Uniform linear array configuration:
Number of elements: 8
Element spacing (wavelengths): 0.75
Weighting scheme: blackman
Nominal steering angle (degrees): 30
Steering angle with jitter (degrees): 30.334
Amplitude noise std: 0.05
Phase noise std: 0.05

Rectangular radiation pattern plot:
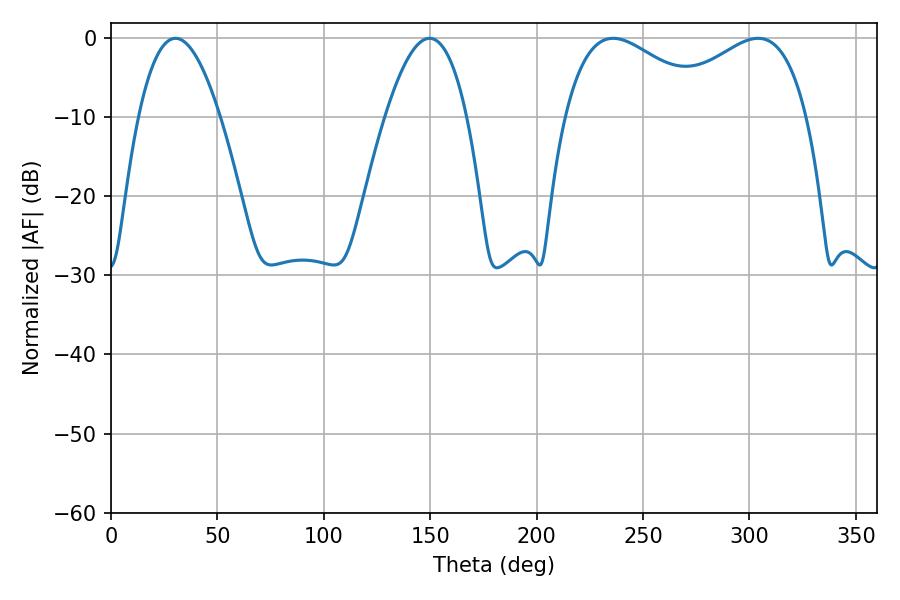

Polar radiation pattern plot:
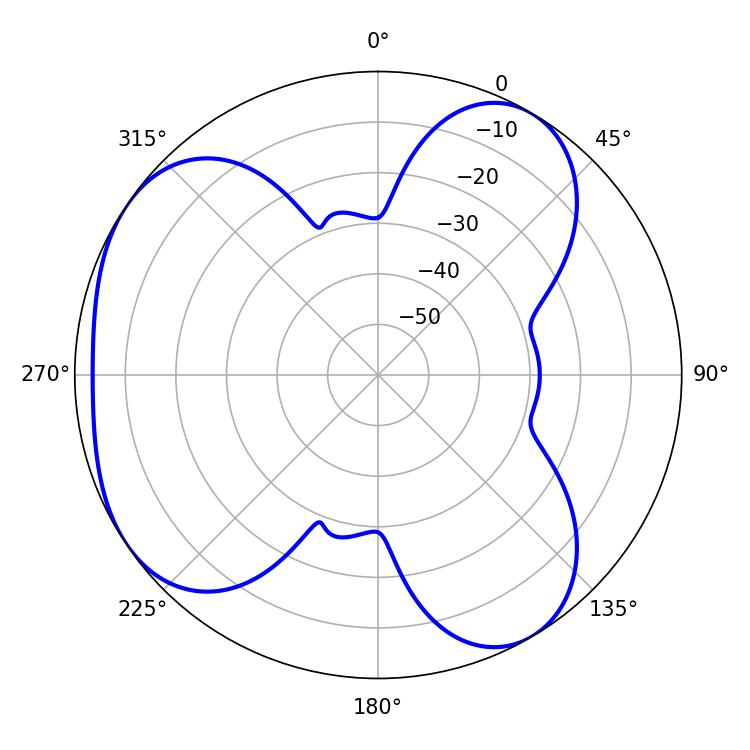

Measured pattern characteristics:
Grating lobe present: TRUE
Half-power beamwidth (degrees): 38.34
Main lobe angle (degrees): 235.98